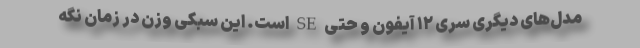
مدل‌های دیگری سری ۱۲ آیفون و حتی SE است. این سبکی وزن در زمان نگه